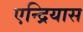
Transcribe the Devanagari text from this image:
एन्द्रियास